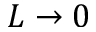
L \to 0